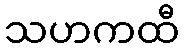
သဟကထီ